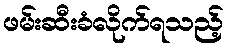
ဖမ်းဆီးခံလိုက်ရသည့်